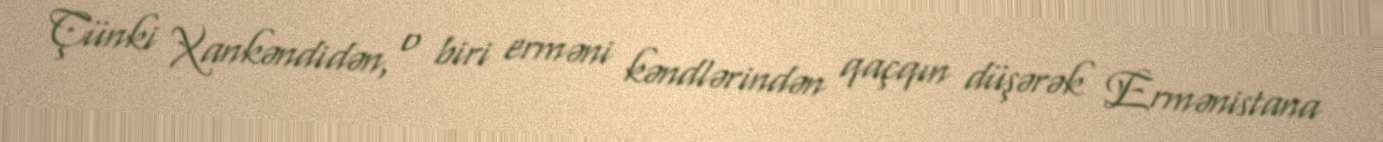
Çünki Xankəndidən, o biri erməni kəndlərindən qaçqın düşərək Ermənistana